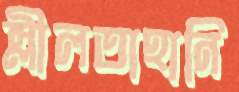
স্লীলতাহানি